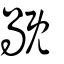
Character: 旤